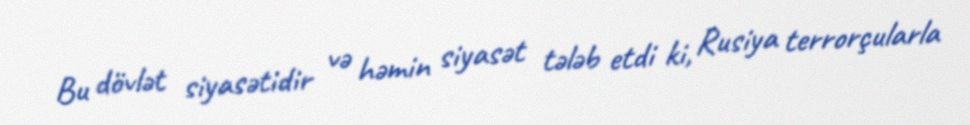
Bu dövlət siyasətidir və həmin siyasət tələb etdi ki, Rusiya terrorçularla